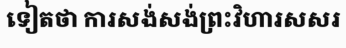
ទៀតថា ការសង់សង់ព្រះវិហារសសរ